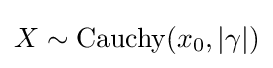
X\sim \operatorname {Cauchy} (x_{0},|\gamma |)